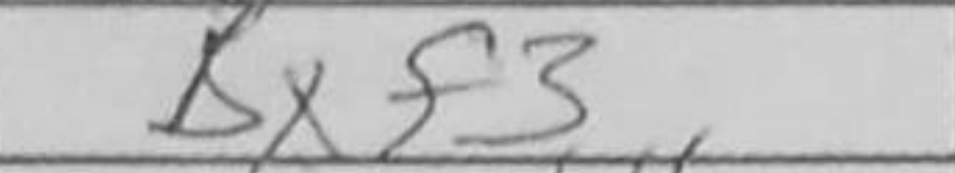
Transcription: Bxf3